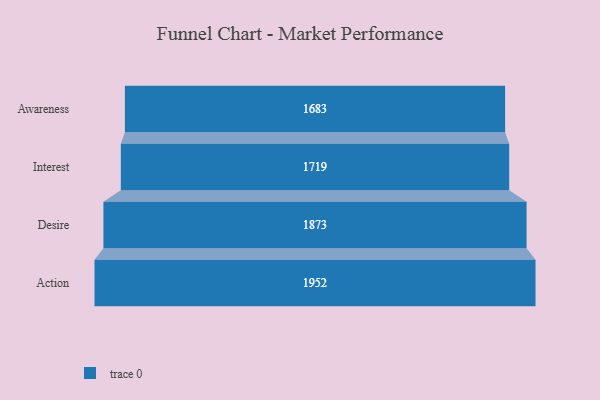
{"axis": {"x": "Stage", "y": "Value"}, "legend": [""], "data": [{"x": "Awareness", "y": 1683.0, "type": ""}, {"x": "Interest", "y": 1719.0, "type": ""}, {"x": "Desire", "y": 1873.0, "type": ""}, {"x": "Action", "y": 1952.0, "type": ""}]}